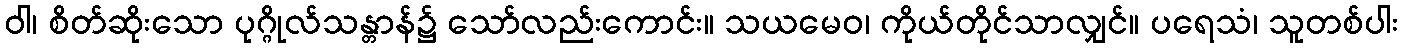
ဝါ၊ စိတ်ဆိုးသော ပုဂ္ဂိုလ်သန္တာန်၌ သော်လည်းကောင်း။ သယမေဝ၊ ကိုယ်တိုင်သာလျှင်။ ပရေသံ၊ သူတစ်ပါး